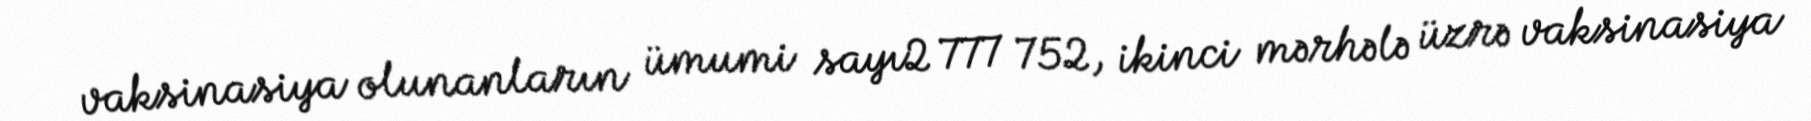
vaksinasiya olunanların ümumi sayı2 777 752, ikinci mərhələ üzrə vaksinasiya